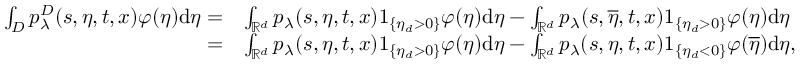
\begin{array} { r l } { \int _ { D } p _ { \lambda } ^ { D } ( s , \eta , t , x ) \varphi ( \eta ) \mathrm { d } \eta = } & { \int _ { \mathbb { R } ^ { d } } p _ { \lambda } ( s , \eta , t , x ) 1 _ { \{ \eta _ { d } > 0 \} } \varphi ( \eta ) \mathrm { d } \eta - \int _ { \mathbb { R } ^ { d } } p _ { \lambda } ( s , \overline { { \eta } } , t , x ) 1 _ { \{ \eta _ { d } > 0 \} } \varphi ( \eta ) \mathrm { d } \eta } \\ { = } & { \int _ { \mathbb { R } ^ { d } } p _ { \lambda } ( s , \eta , t , x ) 1 _ { \{ \eta _ { d } > 0 \} } \varphi ( \eta ) \mathrm { d } \eta - \int _ { \mathbb { R } ^ { d } } p _ { \lambda } ( s , \eta , t , x ) 1 _ { \{ \eta _ { d } < 0 \} } \varphi ( \overline { { \eta } } ) \mathrm { d } \eta , } \end{array}